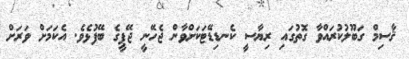
ޤާސިމް ގަބޫލުކުރައްވާ ގޮތުގައި ރިޔާސީ ކެނޑިޑޭޓަކަށްވާން ޖެހޭނީ ޖޭޕީގެ ބޭފުޅެވެ. އެކަމަށް ވަރަށް